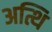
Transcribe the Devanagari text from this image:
अत्थि